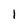
Character: 1